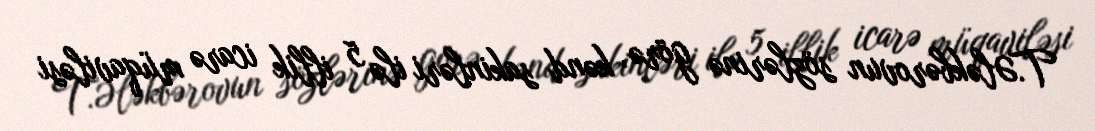
T.Ələkbərovun sözlərinə görə, kənd sakinləri ilə 5 illik icarə müqaviləsi